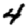
Digit: 4